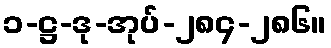
၁-ဋ္ဌ-ဒု-အုပ်-၂၈၄-၂၈၆။